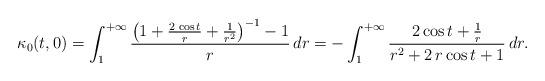
LaTeX: \begin{align*} \kappa_0(t,0)=\int_1^{+\infty} \frac{\left( 1+\frac{2\,\cos t}{r}+\frac{1}{r^2}\right)^{-1} -1}{r}\,dr=-\int_1^{+\infty}\frac{2\cos t+\frac1r}{r^2+2\,r\cos t+1}\,dr.\end{align*}